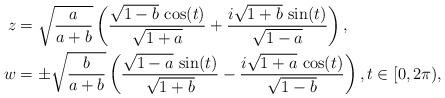
LaTeX: \begin{align*}z & =\sqrt{\frac{a}{a+b}} \left(\frac{\sqrt{1-b}\, \cos(t)}{\sqrt{1+a}} + \frac{i\sqrt{1+b}\, \sin(t)}{\sqrt{1-a}}\right),\\ w& = \pm\sqrt{\frac{b}{a+b}} \left(\frac{\sqrt{1-a}\, \sin(t)}{\sqrt{1+b}} - \frac{i\sqrt{1+a}\, \cos(t)}{\sqrt{1-b}}\right), t\in [0, 2\pi),\end{align*}